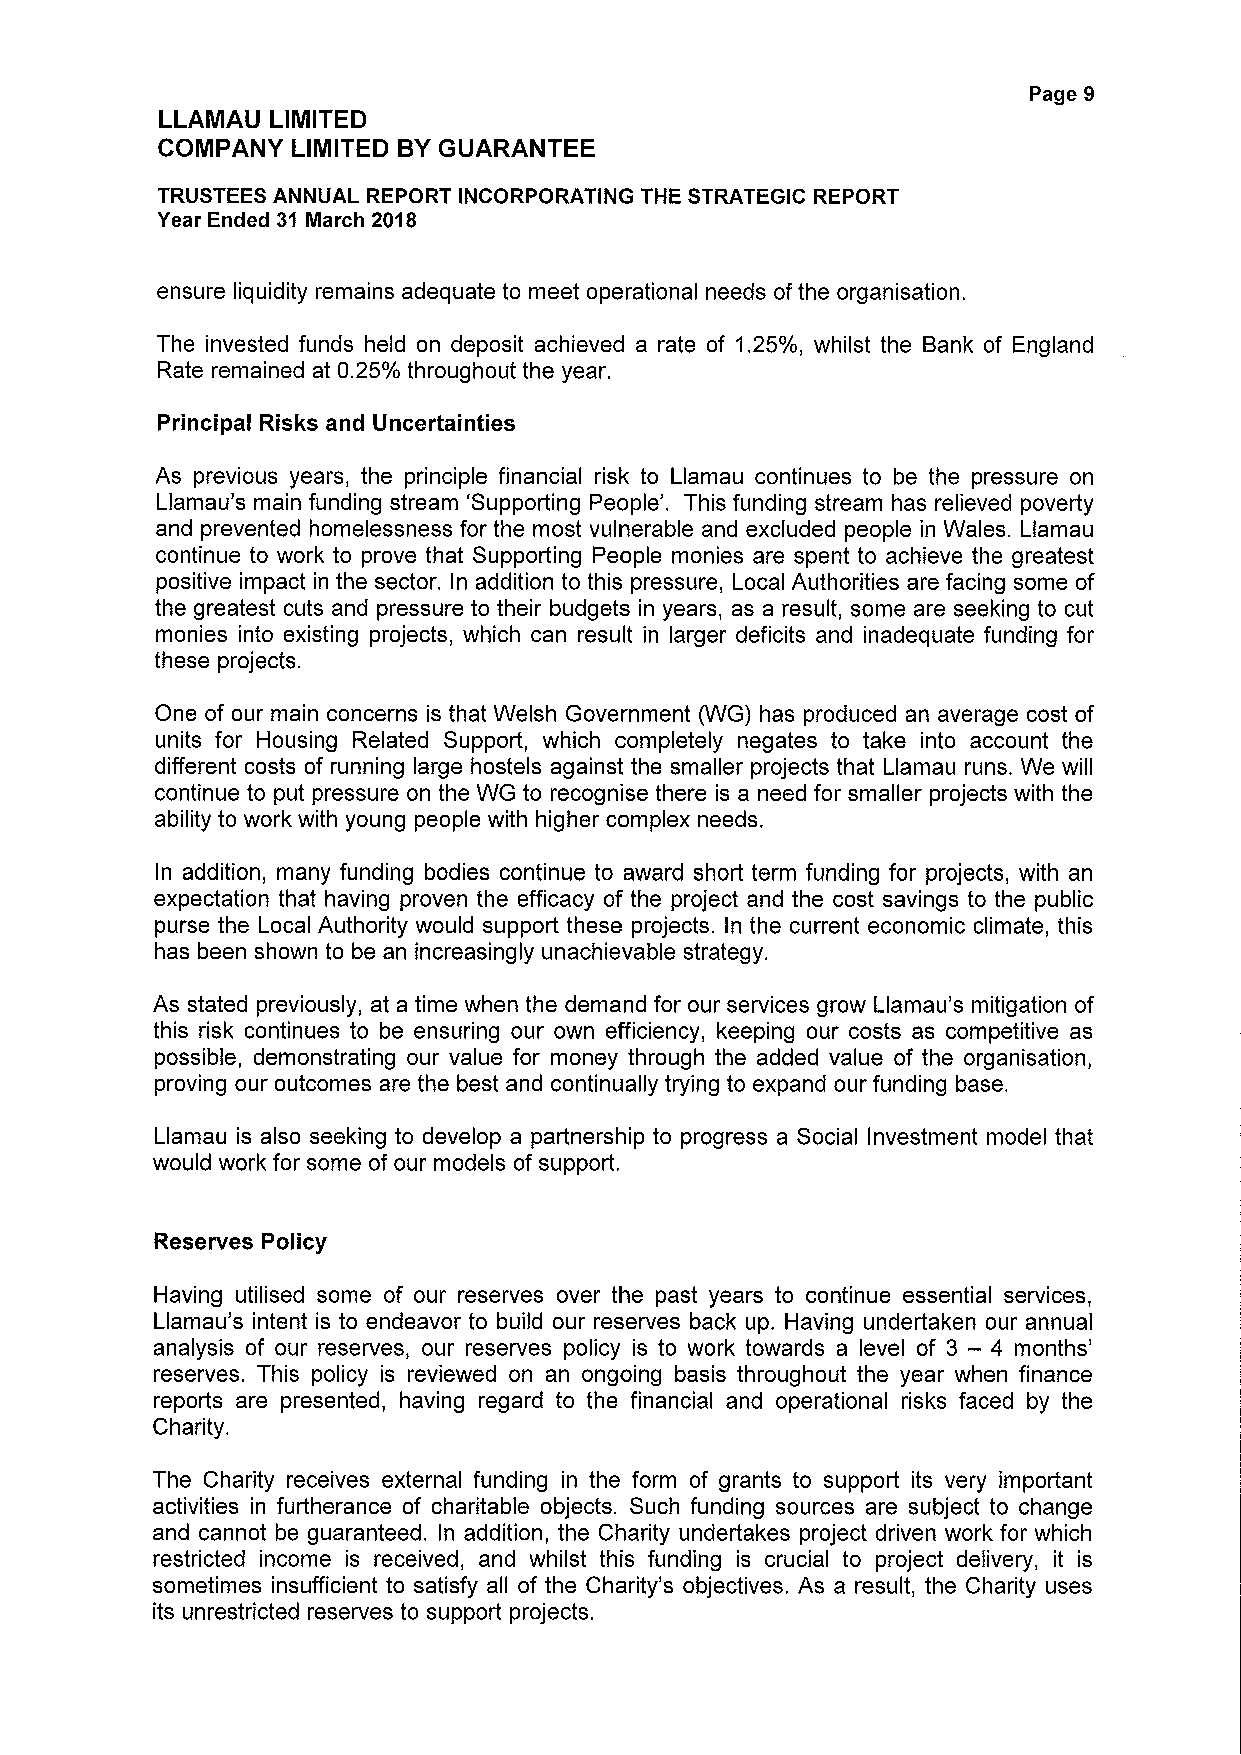
Page 9
 LLAMAU LIMITED
 COMPANY  LINIITED BYGUARANTEE
 TRUSTEES ANNUAL REPORT INCORPORATING THE STRATEGIC REPORT
 Year Ended 31 March 2018
 ensure liquidity remains adequate to meet operational needs ofthe organisation.
 The invested funds held on deposit achieved a rate of 1.25%, whilst the Bank of England
 Rate remained at 0.25% throughout the year.
 Principal Risks and Uncertainties
 As previous years, the principle financial risk to Llamau continues to be the pressure on
 Llamau's main funding stream 'Supporting People'. This funding stream has relieved poverty
 and prevented homelessness for the most vulnerable and excluded people in Wales. Llamau
 continue to work to prove that Supporting People monies are spent to achieve the greatest
 positive impact in the sector. In addition to this pressure, Local Authorities are facing some of
 the greatest cuts and pressure to their budgets in years, as a result, some are seeking to cut
 monies into existing projects, which can result in larger deficits and inadequate funding for
 these projects.
 One of our main concerns is that Welsh Government (WG) has produced an average cost of
 units for Housing Related Support, which completely negates to take into account the
 different costs of running large hostels against the smaller projects that Llamau runs. We will
 continue to put pressure on the WG to recognise there is a need for smaller projects with the
 ability to work with young people with higher complex needs.
 In addition, many funding bodies continue to award short term funding for projects, with an
 expectation that having proven the efficacy of the project and the cost savings to the public
 purse the Local Authority would support these projects. In the current economic climate, this
 has been shown to be an increasingly unachievable strategy.
 As stated previously, at a time when the demand for our services grow Llamau's mitigation of
 this risk continues to be ensuring our own efficiency, keeping our costs as competitive as
 possible, demonstrating our value for money through the added value of the organisation,
 proving our outcomes are the best and continually trying to expand our funding base.
 Llamau is also seeking to develop a partnership to progress a Social Investment model that
 would work for some of our models of support.
 Reserves Policy
 Having utilised some of our reserves over the past years to continue essential services,
 Llamau's intent is to endeavor to build our reserves back up. Having undertaken our annual
 analysis of our reserves, our reserves policy is to work towards a level of 3 — 4 months'
 reserves. This policy is reviewed on an ongoing basis throughout the year when finance
 reports are presented, having regard to the financial and operational risks faced by the
 Charity.
 The Charity receives external funding in the form of grants to support its very important
 activities in furtherance of charitable objects. Such funding sources are subject to change
 and cannot be guaranteed. In addition, the Charity undertakes project driven work for which
 restricted income is received, and whilst this funding is crucial to project delivery, it is
 sometimes insufficient to satisfy all of the Charity's objectives. As a result, the Charity uses
 its unrestricted reserves to support projects.